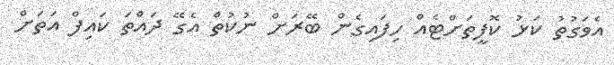
އެވަގުތު ކަޅު ކޮފީތަށްޓެއް ހިފައިގެން ބޭރަށް ނުކުތް އެގޭ ދައްތަ ކައިފް އަތަށް